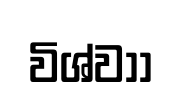
විශ්වාා